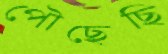
পৌছেছি